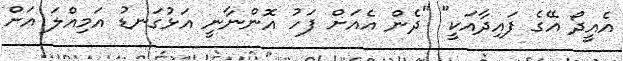
އެއީދޯ އޭގެ ފައިދާއަކީ" "ދެން އެއަށް ފަހު އޮންނާނީ އަޅުގަނޑު އަމިއްލަ އަށް